Indian journal of veterinary science and animal husbandry - Volume 9,
Year: 1939
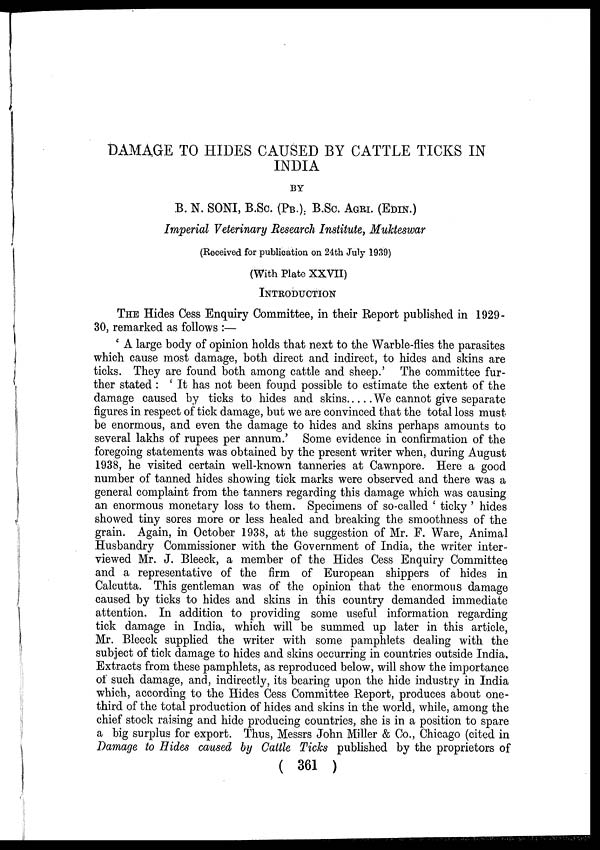
DAMAGE TO HIDES CAUSED BY CATTLE TICKS IN
INDIA
BY
B. N. SONI, B.Sc. (PB.), B.Sc. AGRI. (EDIN.)
Imperial Veterinary Research Institute, Mukteswar
(Received for publication on 24th July 1939)
(With Plate XXVII)
INTRODUCTION
THE Hides Cess Enquiry Committee, in their Report published in 1929-
30, remarked as follows :—
' A large body of opinion holds that next to the Warble-flies the parasites
which cause most damage, both direct and indirect, to hides and skins are
ticks. They are found both among cattle and sheep.' The committee fur-
ther stated: ' It has not been found possible to estimate the extent of the
damage caused by ticks to hides and skins
We cannot give separate
figures in respect of tick damage, but we are convinced that the total loss must
be enormous, and even the damage to hides and skins perhaps amounts to
several lakhs of rupees per annum.' Some evidence in confirmation of the
foregoing statements was obtained by the present writer when, during August
1938, he visited certain well-known tanneries at Cawnpore. Here a good
number of tanned hides showing tick marks were observed and there was a
general complaint from the tanners regarding this damage which was causing
an enormous monetary loss to them. Specimens of so-called ' ticky ' hides
showed tiny sores more or less healed and breaking the smoothness of the
grain. Again, in October 1938, at the suggestion of Mr. F. Ware, Animal
Husbandry Commissioner with the Government of India, the writer inter-
viewed Mr. J. Bleeck, a member of the Hides Cess Enquiry Committee
and a representative of the firm of European shippers of hides in
Calcutta. This gentleman was of the opinion that the enormous damage
caused by ticks to hides and skins in this country demanded immediate
attention. In addition to providing some useful information regarding
tick damage in India, which will be summed up later in this article,
Mr. Bleeck supplied the writer with some pamphlets dealing with the
subject of tick damage to hides and skins occurring in countries outside India.
Extracts from these pamphlets, as reproduced below, will show the importance
of such damage, and, indirectly, its bearing upon the hide industry in India
which, according to the Hides Cess Committee Report, produces about one-
third of the total production of hides and skins in the world, while, among the
chief stock raising and hide producing countries, she is in a position to spare
a big surplus for export. Thus, Messrs John Miller & Co., Chicago (cited in
Damage to Hides caused by Cattle Ticks published by the proprietors of
( 361 )